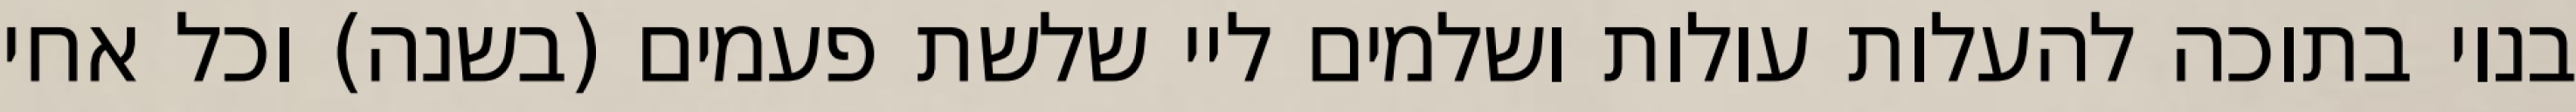
בנוי בתוכה להעלות עולות ושלמים ליי שלשת פעמים (בשנה) וכל אחי